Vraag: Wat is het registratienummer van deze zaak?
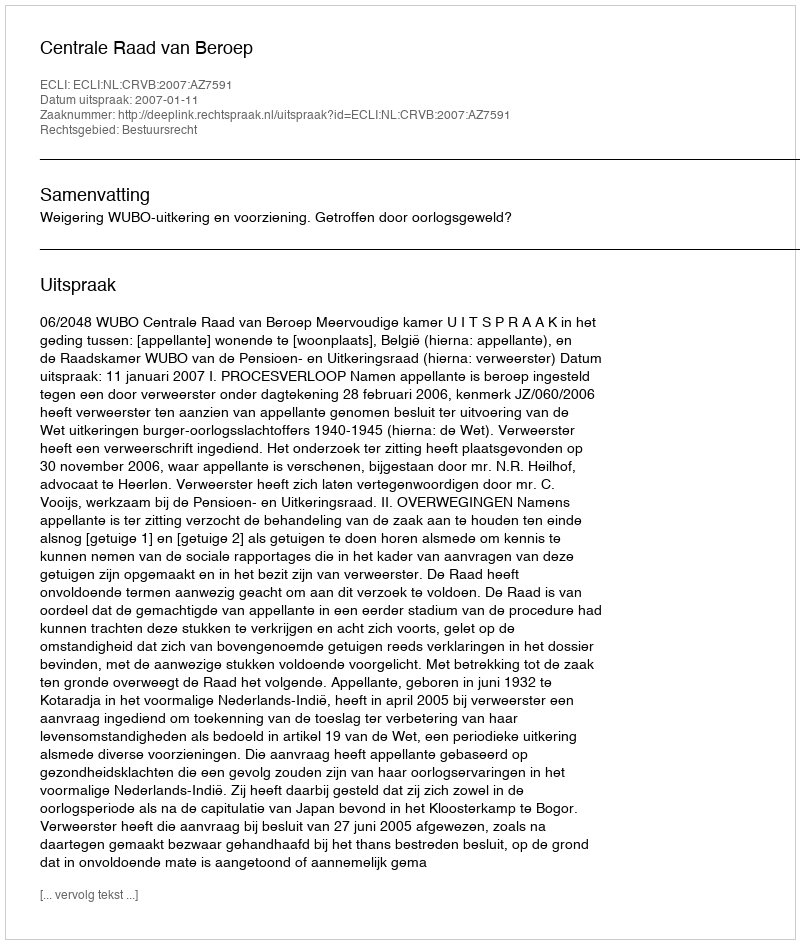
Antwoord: http://deeplink.rechtspraak.nl/uitspraak?id=ECLI:NL:CRVB:2007:AZ7591